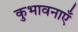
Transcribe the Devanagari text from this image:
कुभावनाएँ